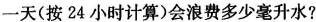
一天（按24小时计算）会浪费多少毫升水？